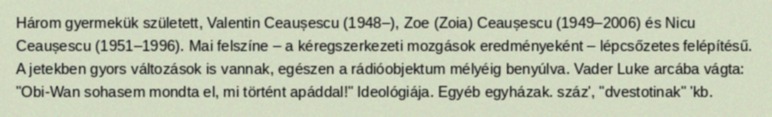
Három gyermekük született, Valentin Ceaușescu (1948–), Zoe (Zoia) Ceaușescu (1949–2006) és Nicu Ceaușescu (1951–1996). Mai felszíne – a kéregszerkezeti mozgások eredményeként – lépcsőzetes felépítésű. A jetekben gyors változások is vannak, egészen a rádióobjektum mélyéig benyúlva. Vader Luke arcába vágta: "Obi-Wan sohasem mondta el, mi történt apáddal!" Ideológiája. Egyéb egyházak. száz', "dvestotinak" 'kb.